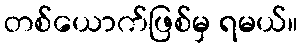
တစ်ယောက်ဖြစ်မှ ရမယ်။